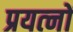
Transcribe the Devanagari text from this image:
प्रयत्‍नों